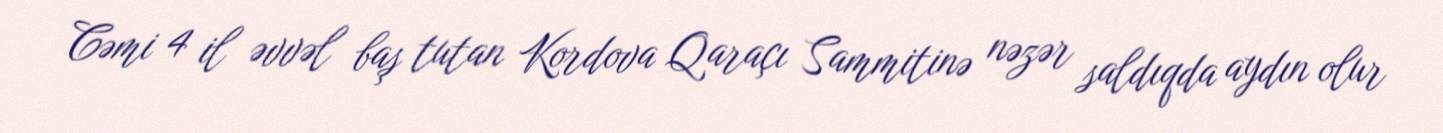
Cəmi 4 il əvvəl baş tutan Kordova Qaraçı Sammitinə nəzər saldıqda aydın olur